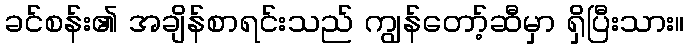
ခင်စန်း၏ အချိန်စာရင်းသည် ကျွန်တော့်ဆီမှာ ရှိပြီးသား။